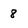
Character: 8